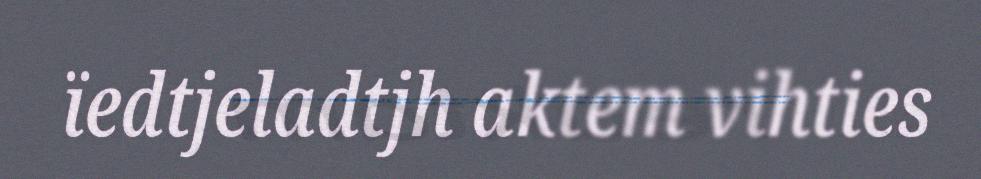
ïedtjeladtjh aktem vihties